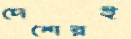
দেশেরই